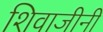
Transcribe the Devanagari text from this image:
शिवाजीनी